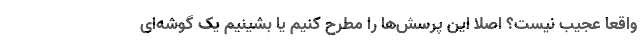
واقعا عجیب نیست؟ اصلا این پرسش‌ها را مطرح کنیم یا بشینیم یک گوشه‌ای